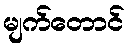
မျက်တောင်